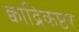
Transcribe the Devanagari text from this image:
क्वाद्रिकप्टर